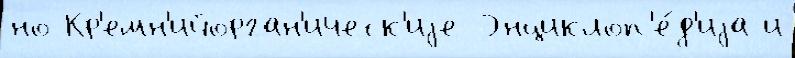
но Кр'емн'ийорган'ическ'иjе Энциклоп'е́д'иjа и